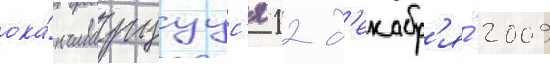
ока́нчиваущуус'я 12 д'екабр'я́ 2009